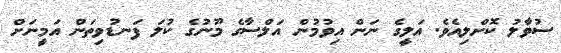
ސުވާލު ކޮށްލިއެވެ. އަލީގެ ނަން އިވުމުން އަލްސާގެ މޫނުގެ ކުލަ ފަނޑުވިތަން އަމީނަށް